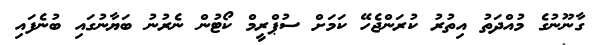
ގާނޫނުގެ މުއްދަތު އިތުރު ކުރަންޖެހޭ ކަމަށް ސުޕްރީމް ކޯޓުން ނެރުނު ބަޔާނުގައި ބުނެފައި